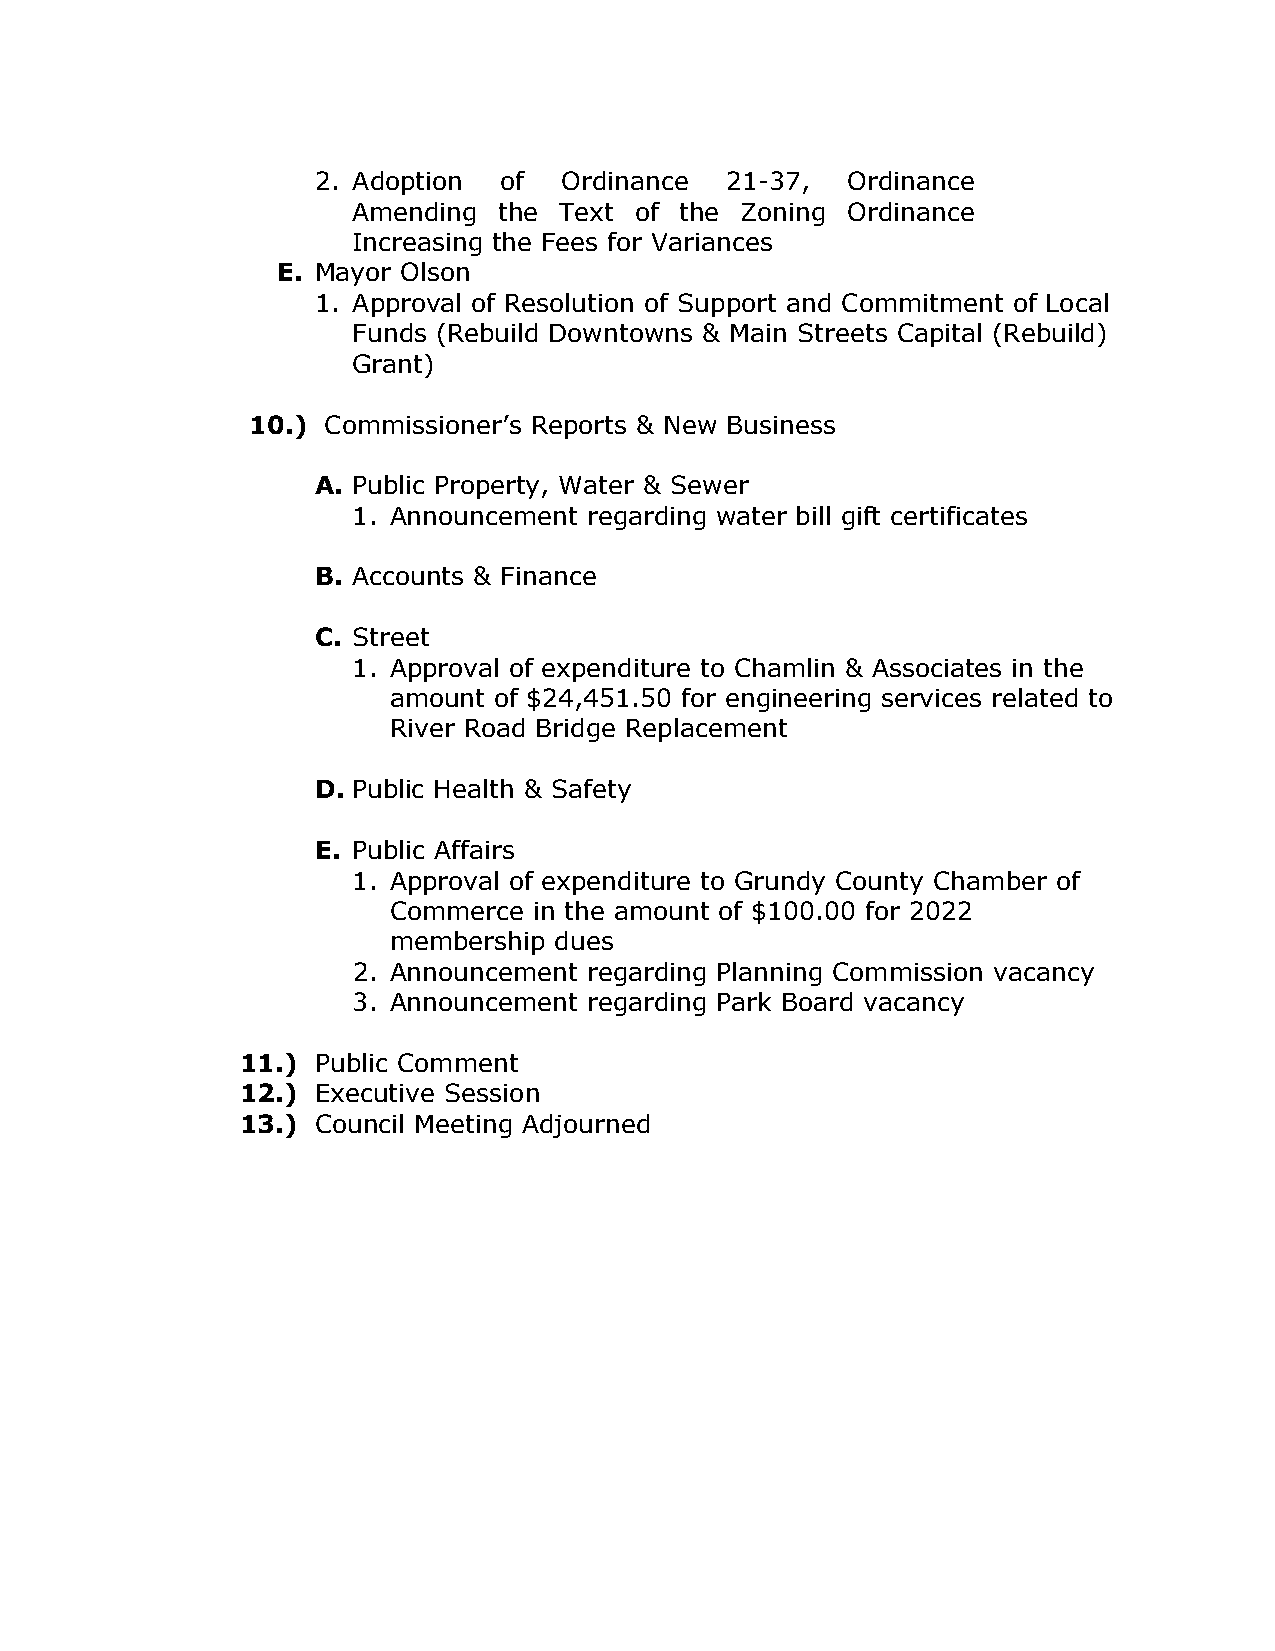
2. Adoption of  Ordinance  21-37,  Ordinance
 Amending  the Text of the Zoning Ordinance
 Increasing the Fees for Variances
 E. Mayor Olson
 1. Approval of Resolution of Support and Commitment of Local
 Funds (Rebuild Downtowns & Main Streets Capital (Rebuild)
 Grant)
 10.) Commissioner’s Reports & New Business
 A. Public Property, Water & Sewer
 1. Announcement regarding water bill gift certificates
 B. Accounts & Finance
 C. Street
 1. Approval of expenditure to Chamlin & Associates in the
 amount of $24,451.50 for engineering services related to
 River Road Bridge Replacement
 D. Public Health & Safety
 E. Public Affairs
 1. Approval of expenditure to Grundy County Chamber of
 Commerce in the amount of $100.00 for 2022
 membership dues
 2. Announcement regarding Planning Commission vacancy
 3. Announcement regarding Park Board vacancy
 11.) Public Comment
 12.) Executive Session
 13.) Council Meeting Adjourned